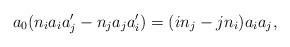
LaTeX: \begin{align*}a_0(n_ia_ia_j'-n_ja_ja_i')=(in_j-jn_i)a_ia_j,\end{align*}